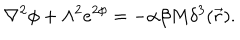
\nabla ^ { 2 } \phi + \Lambda ^ { 2 } e ^ { 2 \phi } = - \alpha \beta M \delta ^ { 3 } ( \vec { r } ) .